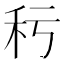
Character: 𥝜